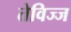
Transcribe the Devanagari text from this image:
तेविज्ज